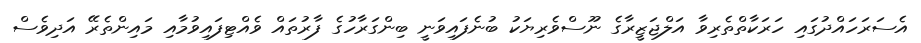
އެސަރަހައްދުގައި ހަރަކާތްތެރިވާ އަލްޖަޒީރާގެ ނޫސްވެރިޔަކު ބުނެފައިވަނީ ބިންގަރާހުގެ ފާރުތައް ވެއްޓިފައިވުމާއި މައިންތެރޭ އަދިވެސް